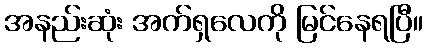
အနည်းဆုံး အက်ရှလေကို မြင်နေရပြီ။